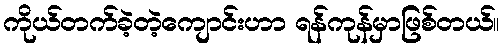
ကိုယ်တက်ခဲ့တဲ့ကျောင်းဟာ ရန်ကုန်မှာဖြစ်တယ်။